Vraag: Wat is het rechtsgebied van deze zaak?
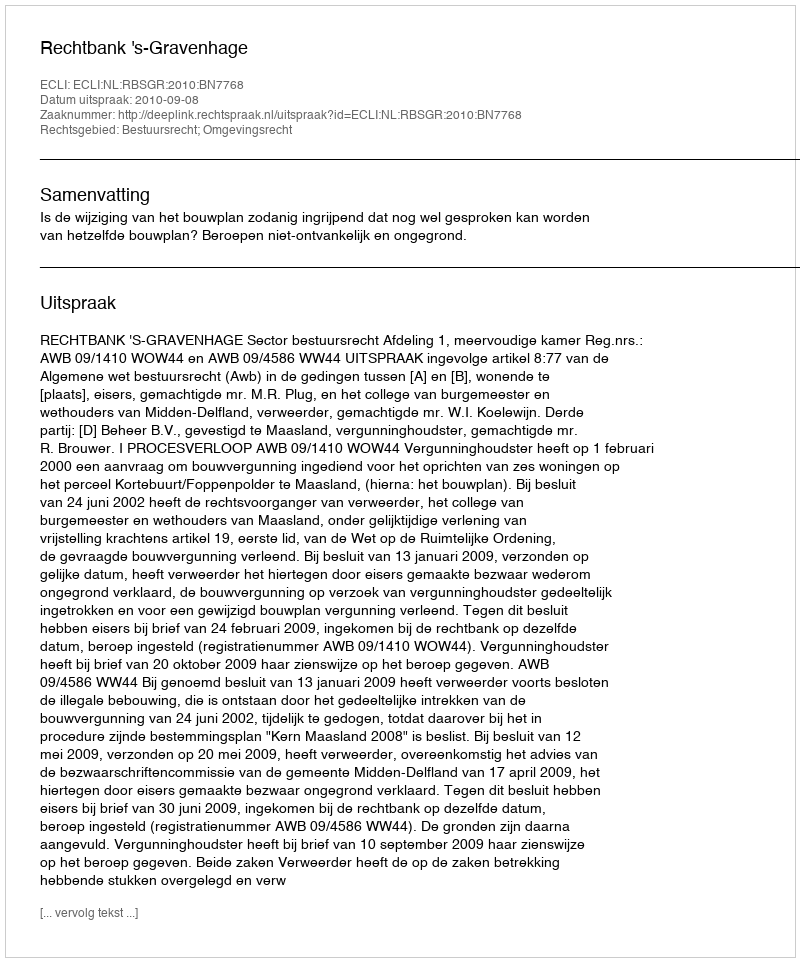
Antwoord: Bestuursrecht; Omgevingsrecht